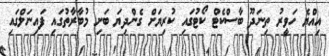
އިއްޔެ ހަވީރު ތިނަދޫ ބާސްކެޓް ކޯޓުގައި ކުރިޔަށް ގެންދިޔަ ބަށި މުބާރާތުގައި ފައިނަލްގައި